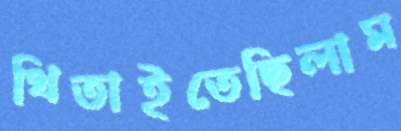
থিতাইতেছিলাম